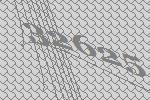
32625